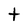
Character: t